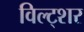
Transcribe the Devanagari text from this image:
विल्ट्शर